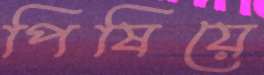
পিষিয়ে